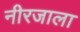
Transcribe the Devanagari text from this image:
नीरजाला